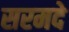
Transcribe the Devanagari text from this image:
सरमदे